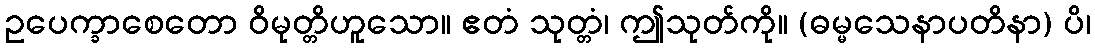
ဥပေက္ခာစေတော ဝိမုတ္တိဟူသော။ ဧတံ သုတ္တံ၊ ဤသုတ်ကို။ (ဓမ္မသေနာပတိနာ) ပိ၊